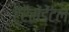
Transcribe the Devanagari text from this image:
ट्रैसेंडेंटल